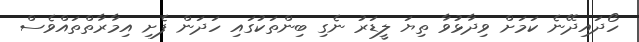
ހޯދައިދޭނެ ކަމަށް ވިދާޅުވާ ތިޔަ ލީޑަރު ނެގި ބިންތަކުގައި ހަދަން ފެށި އިމާރާތްތައްވެސް